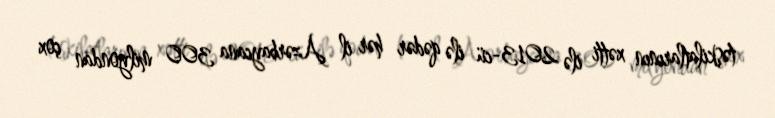
təşkilatlarının xətti ilə 2013-cü ilə qədər hər il Azərbaycana 300 milyondan çox